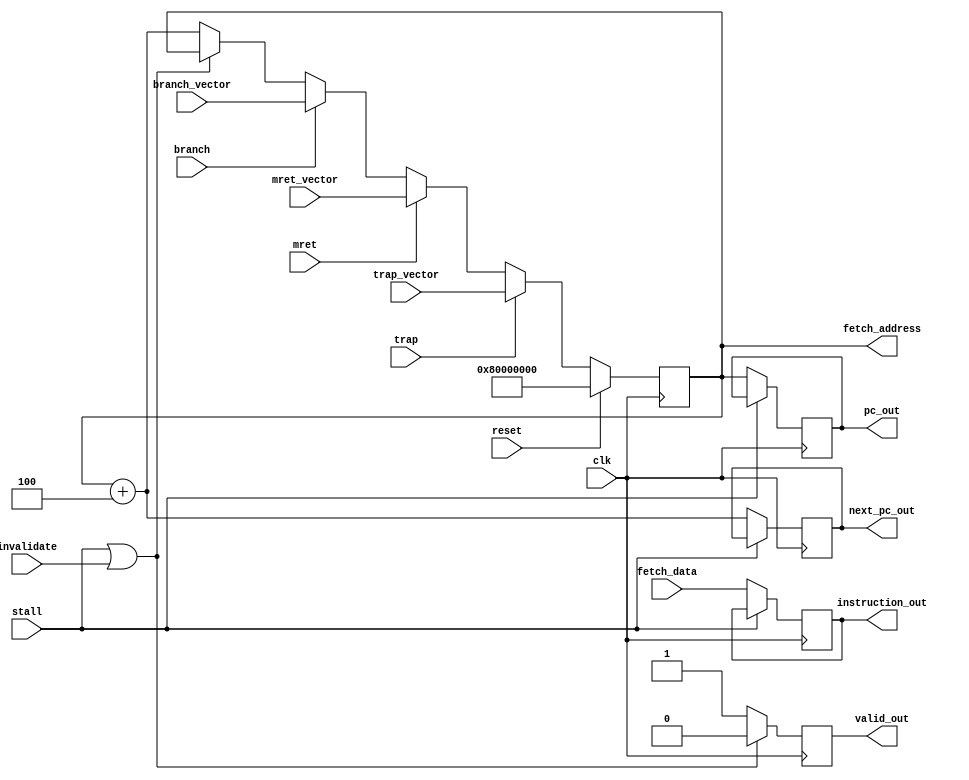
module fetch #(
    parameter RESET_VECTOR = 32'h8000_0000
) (
    `ifdef USE_POWER_PINS
    inout vccd1,	// User area 1 1.8V supply
    inout vssd1,	// User area 1 digital ground
    `endif
    input clk,
    input reset,

    // from execute
    input branch,
    input [31:0] branch_vector,

    // from writeback
    input trap,
    input mret,

    // from csr
    input [31:0] trap_vector,
    input [31:0] mret_vector,

    // from hazard
    input stall,
    input invalidate,

    // to busio
    output [31:0] fetch_address,
    // from busio
    input [31:0] fetch_data,

    // to decode
    output reg [31:0] pc_out,
    output reg [31:0] next_pc_out,
    output reg [31:0] instruction_out,
    output reg valid_out
);

    reg [31:0] pc = RESET_VECTOR;
    wire [31:0] next_pc = pc + 4;

// Select the next PC
// Select the next PC
always @(posedge clk) begin
    if (reset) begin
        pc <= RESET_VECTOR;
    end
    else if (trap) begin
        pc <= trap_vector;
    end
    else if (mret) begin
        pc <= mret_vector;
    end
    else if (branch) begin
        pc <= branch_vector;
    end
    else if (stall || invalidate) begin
        pc <= pc;
    end
    else begin
        pc <= next_pc;
    end
end


    // Output fetch address to busio
    assign fetch_address = pc;

    // Handle instruction fetch and output to decode
    always @(posedge clk) begin
        if(stall || invalidate)
            valid_out <= 0;
        else
            valid_out <= 1;

        if(!stall) begin
            pc_out <= pc;
            next_pc_out <= next_pc;
            instruction_out <= fetch_data;
        end
    end

endmodule